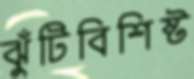
ঝুঁটিবিশিষ্ট